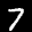
Label: 7